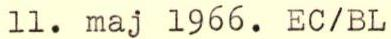
11. maj 1966. EC/BL